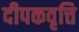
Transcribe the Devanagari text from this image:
दीपकवृत्ति